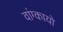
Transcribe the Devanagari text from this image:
वांग्कायो